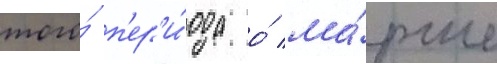
того́ п'ер'и́ода о́ ма́рше